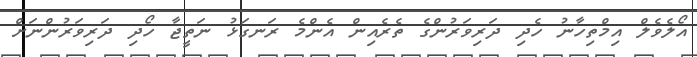
އޯލެވެލް އިމްތިހާނު ހެދި ދަރިވަރުންގެ ތެރެއިން އެންމެ ރަނގަޅު ނަތީޖާ ހޯދި ދަރިވަރުންނަށް